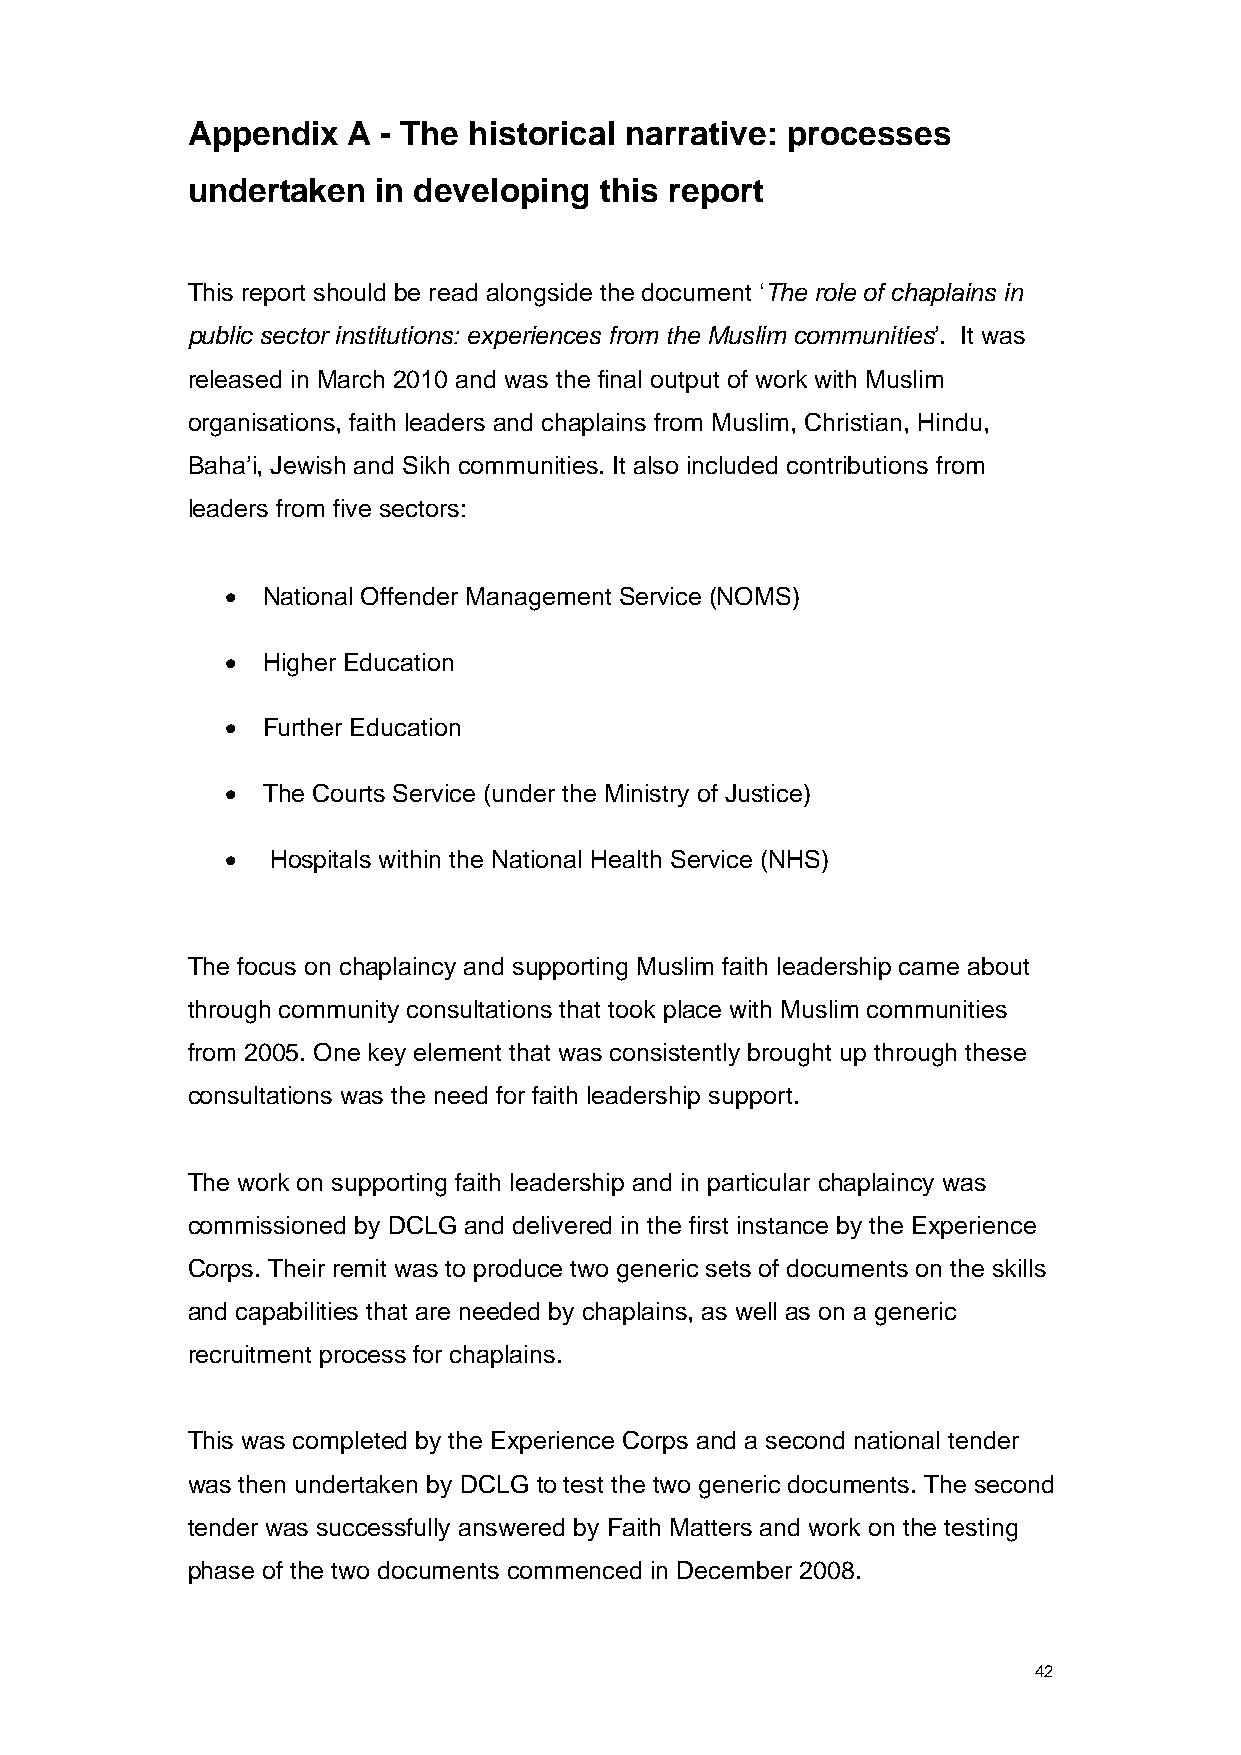
Appendix   A - The historical narrative: processes
 undertaken   in developing  this report
 This report should be read alongside the document ‘The role of chaplains in
 public sector institutions: experiences from the Muslim communities’. It was
 released in March 2010 and was the final output of work with Muslim
 organisations, faith leaders and chaplains from Muslim, Christian, Hindu,
 Baha’i, Jewish and Sikh communities. It also included contributions from
 leaders from five sectors:
 • National Offender Management Service (NOMS)
 • Higher Education
 • Further Education
 • The Courts Service (under the Ministry of Justice)
 •  Hospitals within the National Health Service (NHS)
 The focus on chaplaincy and supporting Muslim faith leadership came about
 through community consultations that took place with Muslim communities
 from 2005. One key element that was consistently brought up through these
 consultations was the need for faith leadership support.
 The work on supporting faith leadership and in particular chaplaincy was
 commissioned by DCLG and delivered in the first instance by the Experience
 Corps. Their remit was to produce two generic sets of documents on the skills
 and capabilities that are needed by chaplains, as well as on a generic
 recruitment process for chaplains.
 This was completed by the Experience Corps and a second national tender
 was then undertaken by DCLG to test the two generic documents. The second
 tender was successfully answered by Faith Matters and work on the testing
 phase of the two documents commenced in December 2008.
 42